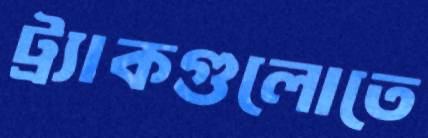
ট্র্যাকগুলোতে